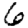
Digit: 6